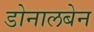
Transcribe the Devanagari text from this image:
डोनालबेन